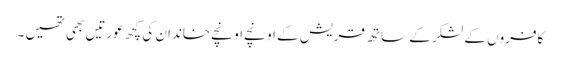
کافروں کے لشکر کے ساتھ قریش کے اونچے اونچے خاندان کی کچھ عورتیں بھی تھیں ۔